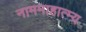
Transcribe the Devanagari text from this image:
नाममाहात्म्य